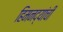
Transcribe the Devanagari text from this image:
हिमनद्यांची